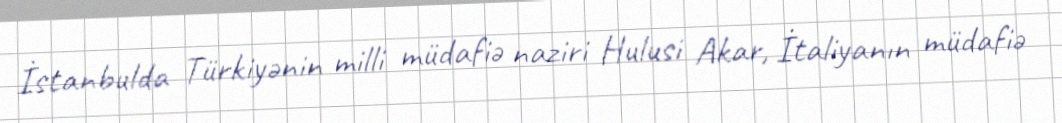
İstanbulda Türkiyənin milli müdafiə naziri Hulusi Akar, İtaliyanın müdafiə